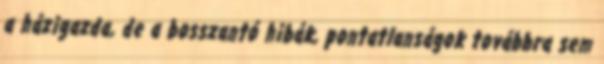
a házigazda, de a bosszantó hibák, pontatlanságok továbbra sem